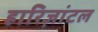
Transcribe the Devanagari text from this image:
हारिज़ांटल